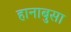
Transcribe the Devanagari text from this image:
हानाबुसा